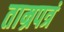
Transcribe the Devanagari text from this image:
ताम्रपत्रं